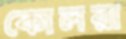
কোলরা